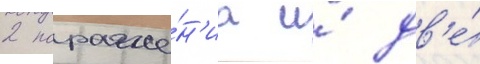
2 пораже́н'иа и́ дв'е́